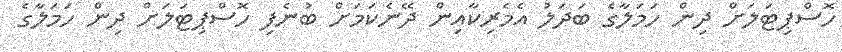
ހޮސްޕިޓަލަށް ދިން ހަމަލާގެ ބަދަލު އެމެރިކާއިން ދޭނެކަމަށް ބުނެފި ހޮސްޕިޓަލަށް ދިން ހަމަލާގެ